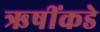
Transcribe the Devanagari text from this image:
ऋषींकडे